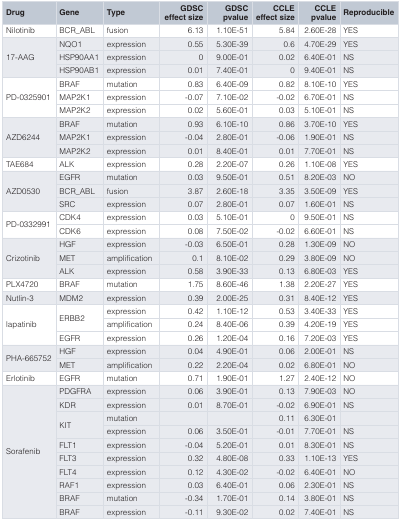
<table><thead><tr><td><b>Drug</b></td><td><b>Gene</b></td><td><b>Type</b></td><td><b>GDSCeffect size</b></td><td><b>GDSCpvalue</b></td><td><b>CCLEeffect size</b></td><td><b>CCLEpvalue</b></td><td><b>Reproducible</b></td></tr></thead><tbody><tr><td>Nilotinib</td><td>BCR_ABL</td><td>fusion</td><td>6.13</td><td>1.10E-51</td><td>5.84</td><td>2.60E-28</td><td>YES</td></tr><tr><td rowspan="3">17-AAG</td><td>NQO1</td><td>expression</td><td>0.55</td><td>5.30E-39</td><td>0.6</td><td>4.70E-29</td><td>YES</td></tr><tr><td>HSP90AA1</td><td>expression</td><td>0</td><td>9.00E-01</td><td>0.02</td><td>6.40E-01</td><td>NS</td></tr><tr><td>HSP90AB1</td><td>expression</td><td>0.01</td><td>7.40E-01</td><td>0</td><td>9.40E-01</td><td>NS</td></tr><tr><td rowspan="3">PD-0325901</td><td>BRAF</td><td>mutation</td><td>0.83</td><td>6.40E-09</td><td>0.82</td><td>8.10E-10</td><td>YES</td></tr><tr><td>MAP2K1</td><td>expression</td><td>-0.07</td><td>7.10E-02</td><td>-0.02</td><td>6.70E-01</td><td>NS</td></tr><tr><td>MAP2K2</td><td>expression</td><td>0.02</td><td>5.60E-01</td><td>0.03</td><td>5.10E-01</td><td>NS</td></tr><tr><td rowspan="3">AZD6244</td><td>BRAF</td><td>mutation</td><td>0.93</td><td>6.10E-10</td><td>0.86</td><td>3.70E-10</td><td>YES</td></tr><tr><td>MAP2K1</td><td>expression</td><td>-0.04</td><td>2.80E-01</td><td>-0.06</td><td>1.90E-01</td><td>NS</td></tr><tr><td>MAP2K2</td><td>expression</td><td>0.01</td><td>8.40E-01</td><td>0.01</td><td>7.70E-01</td><td>NS</td></tr><tr><td>TAE684</td><td>ALK</td><td>expression</td><td>0.28</td><td>2.20E-07</td><td>0.26</td><td>1.10E-08</td><td>YES</td></tr><tr><td rowspan="3">AZD0530</td><td>EGFR</td><td>mutation</td><td>0.03</td><td>9.50E-01</td><td>0.51</td><td>8.20E-03</td><td>NO</td></tr><tr><td>BCR_ABL</td><td>fusion</td><td>3.87</td><td>2.60E-18</td><td>3.35</td><td>3.50E-09</td><td>YES</td></tr><tr><td>SRC</td><td>expression</td><td>0.07</td><td>2.80E-01</td><td>0.07</td><td>1.60E-01</td><td>NS</td></tr><tr><td rowspan="2">PD-0332991</td><td>CDK4</td><td>expression</td><td>0.03</td><td>5.10E-01</td><td>0</td><td>9.50E-01</td><td>NS</td></tr><tr><td>CDK6</td><td>expression</td><td>0.08</td><td>7.50E-02</td><td>-0.02</td><td>6.60E-01</td><td>NS</td></tr><tr><td rowspan="3">Crizotinib</td><td>HGF</td><td>expression</td><td>-0.03</td><td>6.50E-01</td><td>0.28</td><td>1.30E-09</td><td>NO</td></tr><tr><td>MET</td><td>amplification</td><td>0.1</td><td>8.10E-02</td><td>0.29</td><td>3.80E-09</td><td>NO</td></tr><tr><td>ALK</td><td>expression</td><td>0.58</td><td>3.90E-33</td><td>0.13</td><td>6.80E-03</td><td>YES</td></tr><tr><td>PLX4720</td><td>BRAF</td><td>mutation</td><td>1.75</td><td>8.60E-46</td><td>1.38</td><td>2.20E-27</td><td>YES</td></tr><tr><td>Nutlin-3</td><td>MDM2</td><td>expression</td><td>0.39</td><td>2.00E-25</td><td>0.31</td><td>8.40E-12</td><td>YES</td></tr><tr><td rowspan="3">lapatinib</td><td rowspan="2">ERBB2</td><td>expression</td><td>0.42</td><td>1.10E-12</td><td>0.53</td><td>3.40E-33</td><td>YES</td></tr><tr><td>amplification</td><td>0.24</td><td>8.40E-06</td><td>0.39</td><td>4.20E-19</td><td>YES</td></tr><tr><td>EGFR</td><td>expression</td><td>0.26</td><td>1.20E-04</td><td>0.16</td><td>7.20E-03</td><td>YES</td></tr><tr><td rowspan="2">PHA-665752</td><td>HGF</td><td>expression</td><td>0.04</td><td>4.90E-01</td><td>0.06</td><td>2.00E-01</td><td>NS</td></tr><tr><td>MET</td><td>amplification</td><td>0.22</td><td>2.20E-04</td><td>0.02</td><td>6.80E-01</td><td>NO</td></tr><tr><td>Erlotinib</td><td>EGFR</td><td>mutation</td><td>0.71</td><td>1.90E-01</td><td>1.27</td><td>2.40E-12</td><td>NO</td></tr><tr><td rowspan="10">Sorafenib</td><td>PDGFRA</td><td>expression</td><td>0.06</td><td>3.90E-01</td><td>0.13</td><td>7.90E-03</td><td>NO</td></tr><tr><td>KDR</td><td>expression</td><td>0.01</td><td>8.70E-01</td><td>-0.02</td><td>6.90E-01</td><td>NS</td></tr><tr><td rowspan="2">KIT</td><td>mutation</td><td></td><td></td><td>0.11</td><td>6.30E-01</td><td></td></tr><tr><td>expression</td><td>0.06</td><td>3.50E-01</td><td>-0.01</td><td>7.70E-01</td><td>NS</td></tr><tr><td>FLT1</td><td>expression</td><td>-0.04</td><td>5.20E-01</td><td>0.01</td><td>8.30E-01</td><td>NS</td></tr><tr><td>FLT3</td><td>expression</td><td>0.32</td><td>4.80E-08</td><td>0.33</td><td>1.10E-13</td><td>YES</td></tr><tr><td>FLT4</td><td>expression</td><td>0.12</td><td>4.30E-02</td><td>-0.02</td><td>6.40E-01</td><td>NO</td></tr><tr><td>RAF1</td><td>expression</td><td>0.03</td><td>6.40E-01</td><td>0.06</td><td>2.30E-01</td><td>NS</td></tr><tr><td>BRAF</td><td>mutation</td><td>-0.34</td><td>1.70E-01</td><td>0.14</td><td>3.80E-01</td><td>NS</td></tr><tr><td>BRAF</td><td>expression</td><td>-0.11</td><td>9.30E-02</td><td>0.02</td><td>7.40E-01</td><td>NS</td></tr></tbody></table>